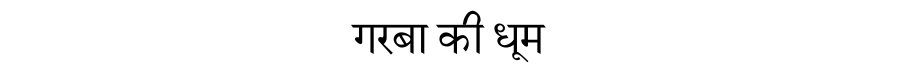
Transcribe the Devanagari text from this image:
गरबा की धूम